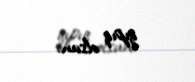
qıpıq olsun.